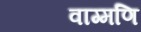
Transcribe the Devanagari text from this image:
वाग्मणि